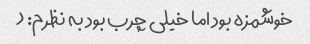
خوشمزه بود اما خیلی چرب بود به نظرم: (